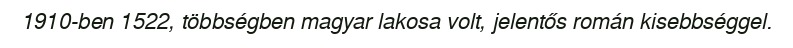
1910-ben 1522, többségben magyar lakosa volt, jelentős román kisebbséggel.